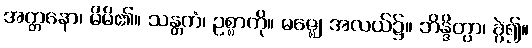
အတ္တနော၊ မိမိ၏။ သန္တကံ၊ ဥစ္စာကို။ မဇ္ဈေ၊ အလယ်၌။ ဘိန္ဒိတွာ၊ ခွဲ၍။